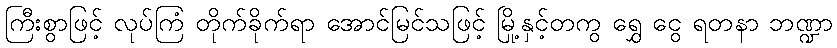
ကြီးစွာဖြင့် လုပ်ကြံ တိုက်ခိုက်ရာ အောင်မြင်သဖြင့် မြို့နှင့်တကွ ရွှေ ငွေ ရတနာ ဘဏ္ဍာ